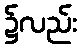
၌လည်း